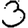
Digit: 3